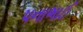
પનાભાઈ